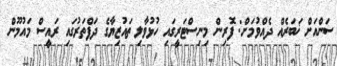
ސަންއަށް ޚަބަރެއް ދެއްވުމަށް: ފޮރިން މިނިސްޓަރީގައި ހުޅުވާލި ތައުޒިޔާގެ ދަފްތަރުގައި ރައީސް މައުމޫން